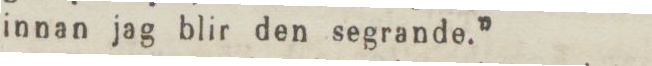
innan jag blir den segrande.”